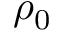
\rho _ { 0 }